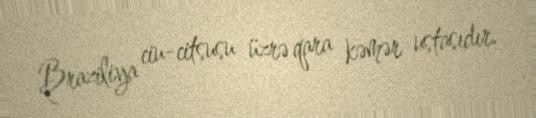
Braziliya ciu-citsusu üzrə qara kəmər ustasıdır.